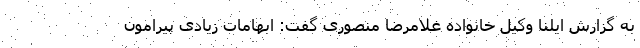
به گزارش ایلنا وکیل خانواده غلامرضا منصوری گفت: ابهامات زیادی پیرامون